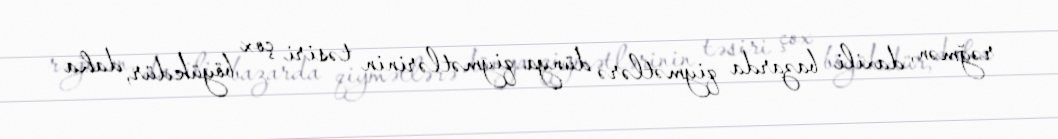
rəğmən, daxili bazarda qiymətlərə dünya qiymətlərinin təsiri çox böyükdür, daha